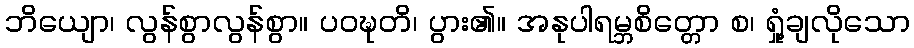
ဘိယျော၊ လွန်စွာလွန်စွာ။ ပဝဍ္ဎတိ၊ ပွား၏။ အနုပါရမ္ဘစိတ္တော စ၊ ရှုံ့ချလိုသော